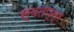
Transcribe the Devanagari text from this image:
स्वतण्त्र